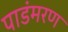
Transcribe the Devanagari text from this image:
पाडंमरण